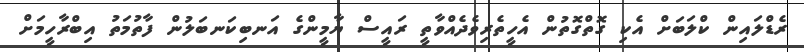
ރެޑްލައިން ކްލަބަށް އެކި ގޮތްގޮތުން އެހީތެރިވެދެއްވާތީ ރައީސް ޔާމީންގެ އަނބިކަނބަލުން ފާތުމަތު އިބްރާހީމަށް